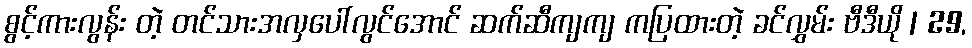
စွင့်ကားလွန်း တဲ့ တင်သားအလှပေါ်လွင်အောင် ဆက်ဆီကျကျ ကပြထားတဲ့ ခင်လွှမ်း ဗီဒီယို | 29,